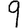
Digit: 9